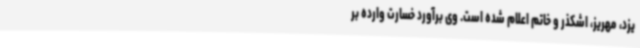
یزد، مهریز، اشکذر و خاتم اعلام شده است. وی برآورد خسارت وارده بر